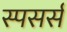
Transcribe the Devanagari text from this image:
स्पसर्स